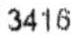
3416